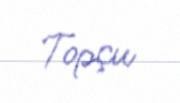
Topçu